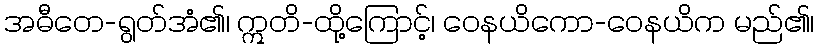
အဓီတေ-ရွတ်အံ၏၊ ဣတိ-ထို့ကြောင့်၊ ဝေနယိကော-ဝေနယိက မည်၏၊